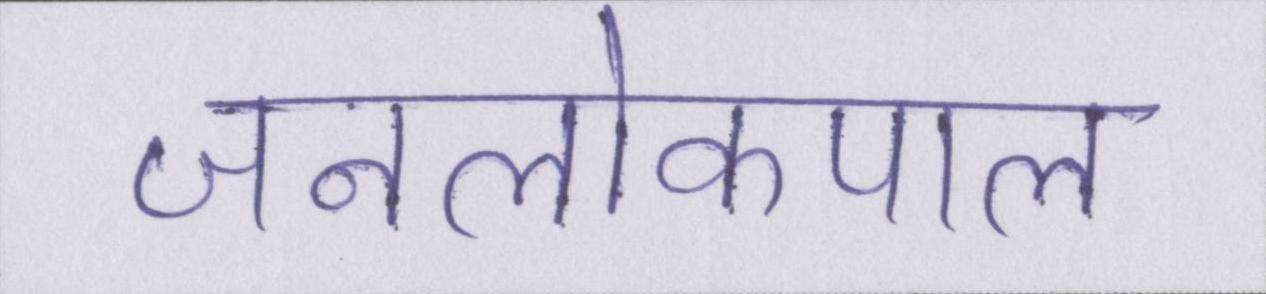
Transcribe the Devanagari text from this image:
जनलोकपाल